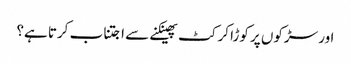
اور سڑکوں پر کوڑا کرکٹ پھینکنے سے اجتناب کرتا ہے؟